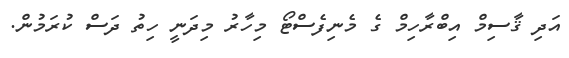
އަދި ޤާސިމް އިބްރާހިމް ގެ މެނިފެސްޓޯ މިހާރު މިދަނީ ހިތު ދަސް ކުރަމުން.